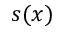
s ( x )